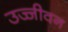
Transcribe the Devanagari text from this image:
उज्जीवन